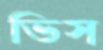
ভিস